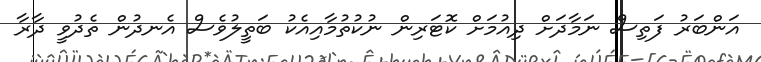
އަންބަރު ފަތިސް ނަމާދަށް ދިއުމަށް ކޮޓަރިން ނުކުތުމާއިއެކު ބަތީލުވެސް އެނދުން ތެދުވީ ދާރާ